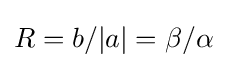
R=b/|a|=\beta /\alpha